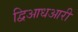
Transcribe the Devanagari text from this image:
द्विआधआरी